Lunatic asylums Madras 1892-1911 - 1892-1911
Year: 1892
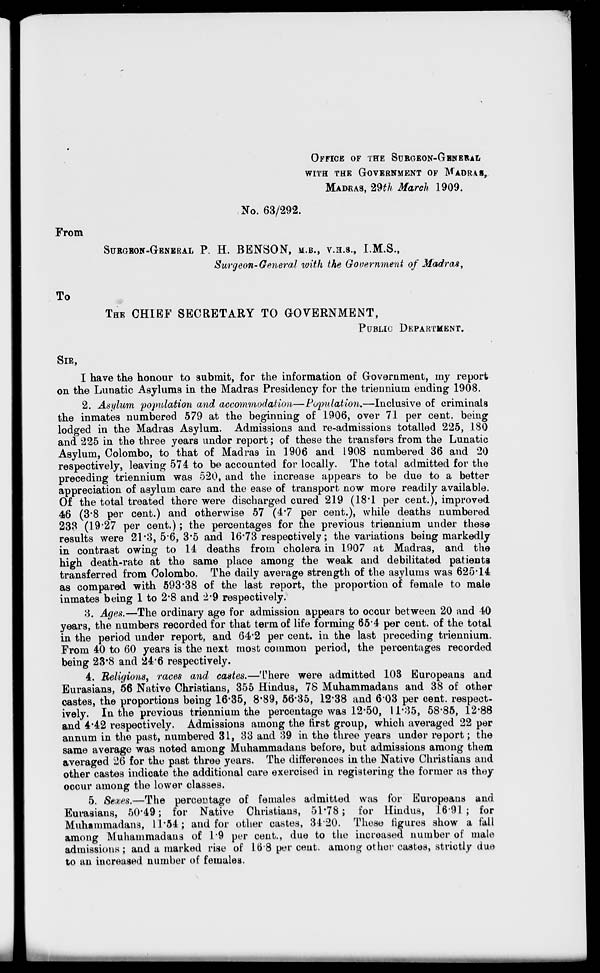
From
OFFICE OF THE SURGEON-GENERAL
WITH THE GOVERNMENT OF MADRAS,
MADRAS, 29th March 1909.
No. 63/292.
SURGEON-GENERAL P. H. BENSON, M.B., V.3.8., I.M.S.,
Surgeon-General with the Government of Madras,
To
THE CHIEF SECRETARY TO GOVERNMENT,
PUBLIC DEPARTMENT.
SIR,
I have the honour to submit, for the information of Government, my report
on the Lunatic Asylums in the Madras Presidency for the triennium ending 1908.
2. Asylum population and accommodation—Population.—Inclusive of criminals
the inmates numbered 579 at the beginning of 1906, over 71 per cent, being
lodged in the Madras Asylum. Admissions and re-admissions totalled 225, 180
and 225 in the three years under report; of these the transfers from the Lunatic
Asylum, Colombo, to that of Madras in 1906 and 1908 numbered 36 and 20
respectively, leaving 574 to be accounted for locally. The total admitted for the
preceding triennium was 520, and the increase appears to be due to a better
appreciation of asylum care and the ease of transport now more readily available.
Of the total treated there were discharged cured 219 (18*1 per cent.), improved
46 (3*8 per cent.) and otherwise 57 (4*7 per cent.), while deaths numbered
233 (19-27 per cent.); the percentages for the previous triennium under these
results were 21*3, 5*6, 3*5 and 16*73 respectively; the variations being markedly
in contrast owing to 14 deaths from cholera in 1907 at Madras, and the
high death-rate at the same place among the weak and debilitated patients
transferred from Colombo. The daily average strength of the asylums was 625*14
as compared with 593*38 of the last report, the proportion of female to male
inmates being 1 to 2*8 and 2*9 respectively.
8. Ages.—The ordinary age for admission appears to occur between 20 and 40
years, the numbers recorded for that term of life forming 65*4 per cent, of the total
in the period under report, and 64*2 per cent, in the last preceding triennium.
From 40 to 60 years is the next most common period, the percentages recorded
being 23*8 and 24*6 respectively.
4. Religions, races and castes.—There were admitted 103 Europeans and
Eurasians, 56 Native Christians, 355 Hindus, 78 Muhammadans and 38 of other
castes, the proportions being 16*35, 8*89, 56*35, 12*38 and 603 per cent, respect-
ively. In the previous triennium the percentage was 12*50, 11*35, 58*85, 12*88
and 4*42 respectively. Admissions among the first group, which averaged 22 per
annum in the past, numbered 31, 33 and 39 in the three years under report; the
same average was noted among Muhammadans before, but admissions among them
averaged 26 for the past three years. The differences in the Native Christians and
other castes indicate the additional care exercised in registering the former as they
occur among the lower classes.
5. Sexes.—The percentage of females admitted was for Europeans and
Eurasians, 50*49; for Native Christians, 51*78; for Hindus, 16*91 ; for
Muhammadans, 11*54; and for other castes, 34*20. Those figures show a fall
among Muhammadans of 1*9 per cent., due to the increased number of male
admissions; and a marked rise of 168 per cent, among other castes, strictly due
to an increased number of females.